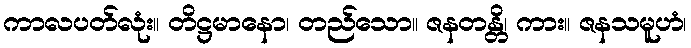
ကာလပတ်လုံး။ တိဋ္ဌမာနော၊ တည်သော။ ဇနတန္တိ၊ ကား။ ဇနသမူဟံ၊